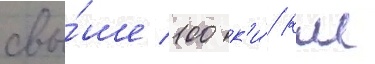
свы́ше 100 к'и́/ км